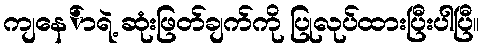
ကျနေ်ာရဲ့ ဆုံးဖြတ်ချက်ကို ပြုလုပ်ထားပြီးပါပြီ။